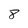
Character: 8